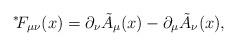
LaTeX: \begin{align*}{}^*\!F_{\mu\nu}(x) = \partial_\nu \tilde{A}_\mu(x) - \partial_\mu \tilde{A}_\nu(x),\end{align*}